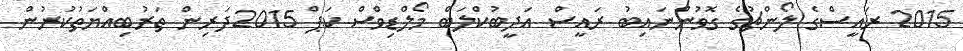
2015 ރައީސްގެ ލޯންޗުގެ ގޮވުންނައިބު ރައީސް އަދީބުކްލަބް މޯލްޑިވްސް ކަޕް 2015ދަރިން ތަރުބިއްޔަތުކުރުން